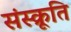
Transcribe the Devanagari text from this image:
संस्क्रूति